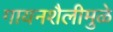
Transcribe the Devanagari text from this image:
गायनशैलीमुळे